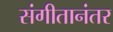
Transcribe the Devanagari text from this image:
संगीतानंतर